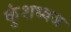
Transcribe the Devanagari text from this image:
कुंशध्वज